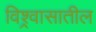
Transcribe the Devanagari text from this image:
विश्र्वासातील